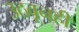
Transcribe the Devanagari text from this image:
उठवूनही